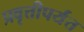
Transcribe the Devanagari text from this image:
प्रवृत्तीपर्यंत